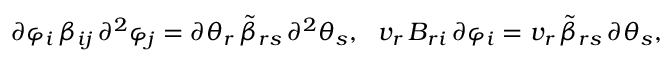
\partial \varphi _ { i } \, \beta _ { i j } \, \partial ^ { 2 } \varphi _ { j } = \partial \theta _ { r } \, { \tilde { \beta } } _ { r s } \, \partial ^ { 2 } \theta _ { s } , \ \ v _ { r } \, B _ { r i } \, \partial \varphi _ { i } = v _ { r } \, { \tilde { \beta } } _ { r s } \, \partial \theta _ { s } ,